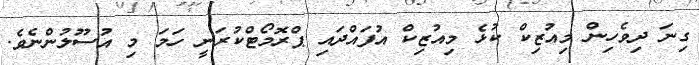
ގިނަ ދިވެހިން މިއުޒިކް ކުޅެ މިއުޒިކް އުފައްދައި ޕްރޮމޯޓްކުރަނީ ހަމަ މި އުސޫލުންނެވެ.